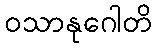
ဝသာနုဂေါတိ